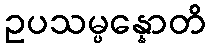
ဥပသမ္ပန္နောတိ